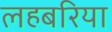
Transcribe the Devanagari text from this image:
लहबरिया